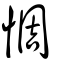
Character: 惆